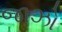
જાઝો